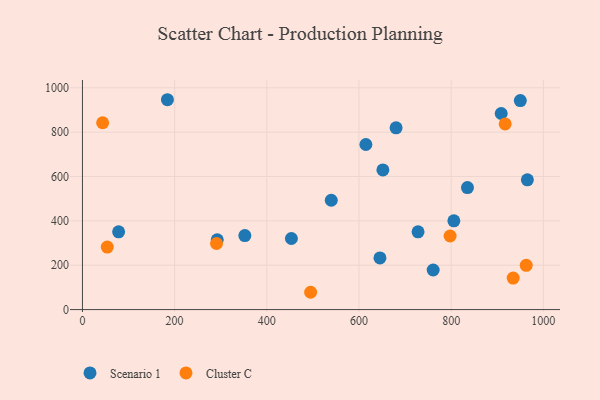
{"axis": {"x": "Ad Spend", "y": "Rating"}, "legend": ["Cluster C", "Scenario 1"], "data": [{"x": "761.0", "y": 178.5, "type": "Scenario 1"}, {"x": "651.9", "y": 629.4, "type": "Scenario 1"}, {"x": "184.4", "y": 946.1, "type": "Scenario 1"}, {"x": "645.5", "y": 232.8, "type": "Scenario 1"}, {"x": "950.1", "y": 942.1, "type": "Scenario 1"}, {"x": "965.4", "y": 585.1, "type": "Scenario 1"}, {"x": "453.4", "y": 320.5, "type": "Scenario 1"}, {"x": "615.0", "y": 744.2, "type": "Scenario 1"}, {"x": "728.2", "y": 350.6, "type": "Scenario 1"}, {"x": "805.9", "y": 400.3, "type": "Scenario 1"}, {"x": "78.5", "y": 350.5, "type": "Scenario 1"}, {"x": "835.4", "y": 550.2, "type": "Scenario 1"}, {"x": "680.5", "y": 819.6, "type": "Scenario 1"}, {"x": "908.6", "y": 883.9, "type": "Scenario 1"}, {"x": "292.5", "y": 314.8, "type": "Scenario 1"}, {"x": "539.9", "y": 492.8, "type": "Scenario 1"}, {"x": "352.4", "y": 333.8, "type": "Scenario 1"}, {"x": "495.1", "y": 78.0, "type": "Cluster C"}, {"x": "934.6", "y": 141.8, "type": "Cluster C"}, {"x": "53.9", "y": 281.8, "type": "Cluster C"}, {"x": "43.8", "y": 842.2, "type": "Cluster C"}, {"x": "962.9", "y": 199.6, "type": "Cluster C"}, {"x": "797.7", "y": 331.8, "type": "Cluster C"}, {"x": "290.9", "y": 298.0, "type": "Cluster C"}, {"x": "917.2", "y": 837.1, "type": "Cluster C"}]}